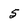
Character: 5